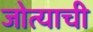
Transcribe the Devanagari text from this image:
जोत्याची